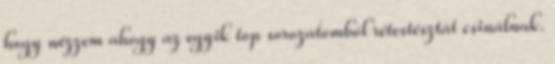
hogy nézzem ahogy az egyik top sorozatomból rétestésztát csinálnak.